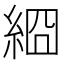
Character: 𦀝